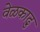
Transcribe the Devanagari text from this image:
वेळकाढु